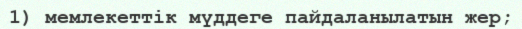
1) мемлекеттік мүддеге пайдаланылатын жер;